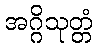
အဂ္ဂိသုတ္တံ